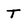
Character: T